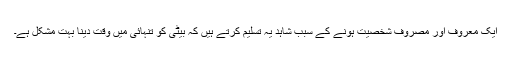
ایک معروف اور مصروف شخصیت ہونے کے سبب شاہد یہ تسلیم کرتے ہیں کہ بیٹی کو تنہائی میں وقت دینا بہت مشکل ہے۔